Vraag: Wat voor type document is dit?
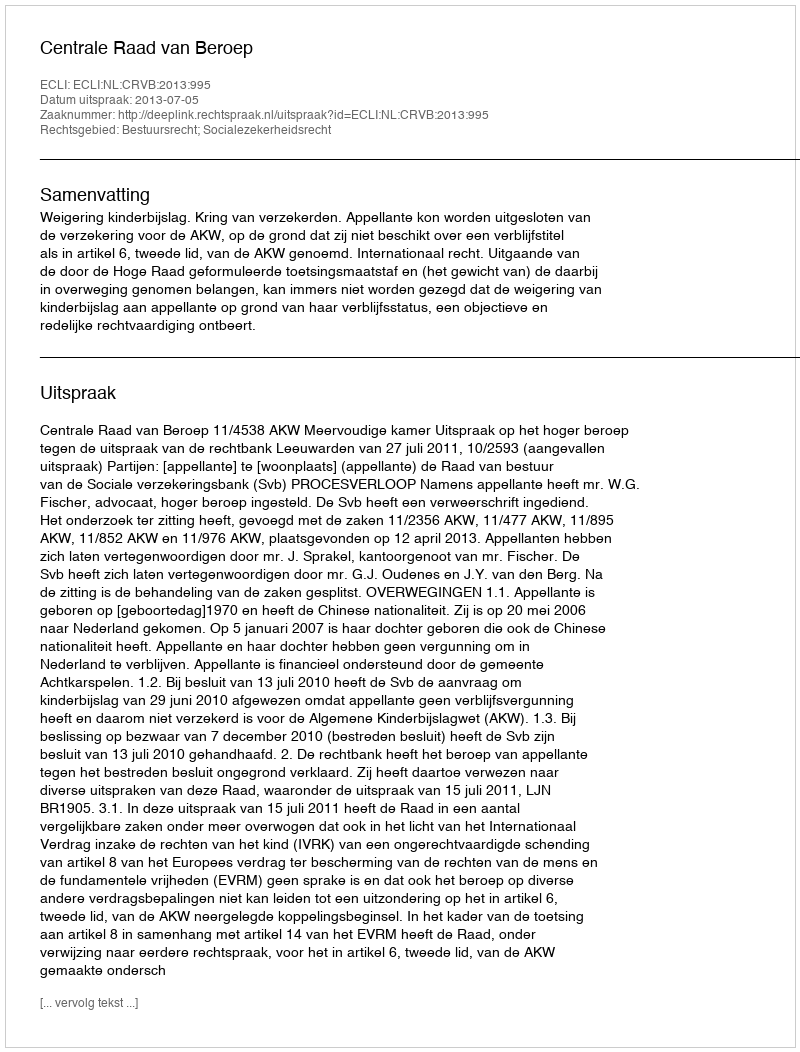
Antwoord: Uitspraak